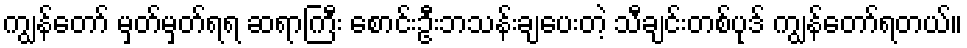
ကျွန်တော် မှတ်မှတ်ရရ ဆရာကြီး စောင်းဦးဘသန်းချပေးတဲ့ သီချင်းတစ်ပုဒ် ကျွန်တော်ရတယ်။